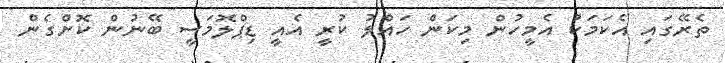
ތެރޭގައި އެކަމަކު އެމީހުން މިކަން ހައްލު ކުރީ އެއީ ޑިޕްލޮމަސީ ބޭނުން ކޮށްގެން